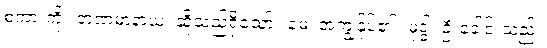
စကားကို။ ဘဏမာနာယ၊ ဆိုသည်ရှိသော်။ မေ၊ အကျွန်ုပ်၏။ မုဒ္ဓါ၊ ဦးခေါင်းသည်။